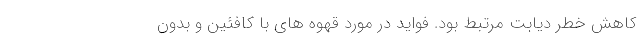
کاهش خطر دیابت مرتبط بود. فواید در مورد قهوه های با کافئین و بدون